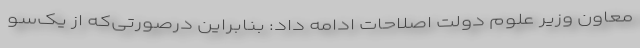
معاون وزیر علوم دولت اصلاحات ادامه داد: بنابراین درصورتی‌که از یک‌سو